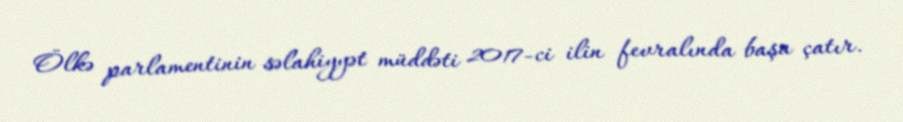
Ölkə parlamentinin səlahiyyət müddəti 2017-ci ilin fevralında başa çatır.